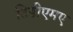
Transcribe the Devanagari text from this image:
टिडीएमए